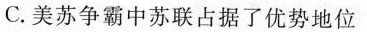
C.美苏争霸中苏联占据了优势地位